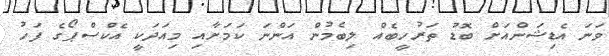
ވަނަ އެޑިޝަންއަށް ބޮޑު ތަރުހީބެއް ލިބެމުން އަންނަ ކަމަށާއި މިއަދަކީ އެކްސްޕޯގެ ފަހު